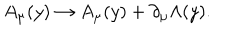
A _ { \mu } ( y ) \rightarrow A _ { \mu } ( y ) + \partial _ { \mu } \Lambda ( y ) .